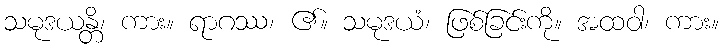
သမုဒယန္တိ၊ ကား။ ရာဂဿ၊ ၏။ သမုဒယံ၊ ဖြစ်ခြင်းကို။ အထဝါ၊ ကား။